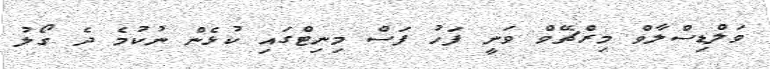
ވަލްޑިސްލާވް މިރްޗޭވް ވަނީ ފަހު ފަސް މިނިޓްގައި ކުޅެން ނުކުމެ ދެ ގޯލު